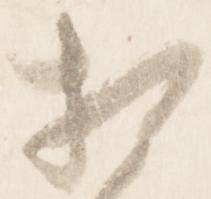
相